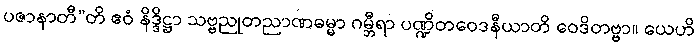
ပဇာနာတီ”တိ ဧဝံ နိဒ္ဒိဋ္ဌာ သဗ္ဗညုတညာဏဓမ္မာ ဂမ္ဘီရာ ပဏ္ဍိတဝေဒနီယာတိ ဝေဒိတဗ္ဗာ။ ယေဟိ